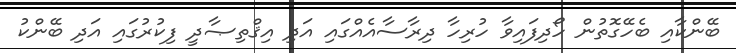
ބޭންކާއި ބެހޭގޮތުން ހޯދިފައިވާ ހުރިހާ ދިރާސާއެއްގައި އަދި އިޤްތިޞާދީ ފިކުރުގައި އަދި ބޭންކު